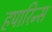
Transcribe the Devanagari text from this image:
हपारिन्स